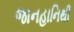
જાનહાનિથી